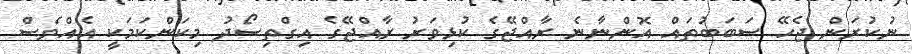
ނުކުރަން ޖެހޭ ސަބަބުތައް އޮންނާނެ ރާއްޖޭގެ ކުޅިވަރު ރާއްޖޭގެ އިގްތިސޯދު މިކަންކަމަކީ އެއްވެސް